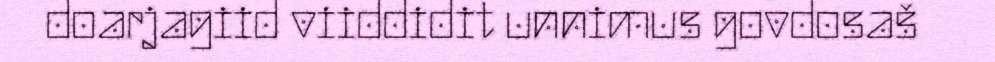
doarjagiid viiddidit unnimus govdosaš